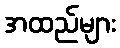
အထည်များ